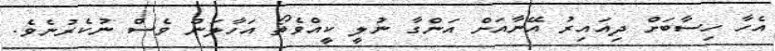
އެހާ ހިސާބަށް ދިއައިރު އޭނާއަށް އަންގާ ނުލީ ކީއްވެތޯ އަހާލަން ވެސް ނުކެރުނެވެ.